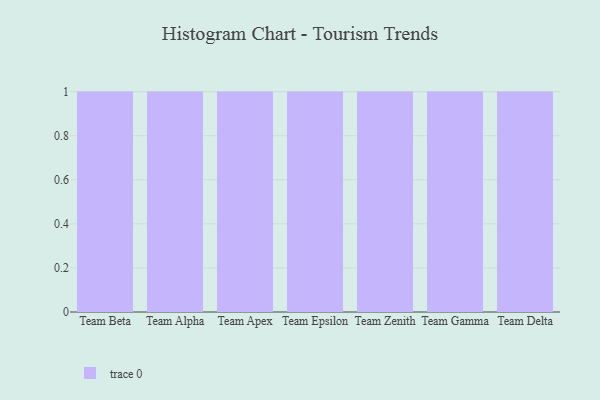
{"axis": {"x": "Team", "y": "Demand Index"}, "legend": [""], "data": [{"x": "Team Beta", "y": 68, "type": ""}, {"x": "Team Alpha", "y": 55, "type": ""}, {"x": "Team Apex", "y": 58, "type": ""}, {"x": "Team Epsilon", "y": 78, "type": ""}, {"x": "Team Zenith", "y": 38, "type": ""}, {"x": "Team Gamma", "y": 87, "type": ""}, {"x": "Team Delta", "y": 82, "type": ""}]}